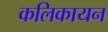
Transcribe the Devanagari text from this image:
कलिकायन